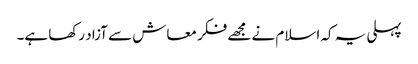
پہلی یہ کہ اسلام نے مجھے فکر معاش سے آزاد رکھا ہے۔